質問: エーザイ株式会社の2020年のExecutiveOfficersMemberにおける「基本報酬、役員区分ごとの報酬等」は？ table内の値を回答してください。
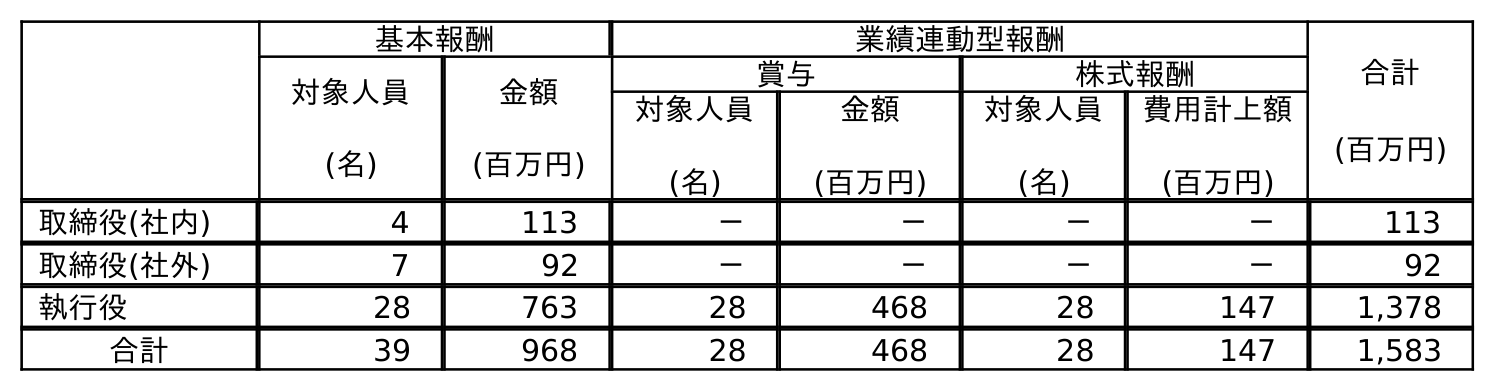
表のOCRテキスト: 基本報酬 業績連動型報酬 合計 (百万円) 対象人員 (名) 金額 (百万円) 賞与 株式報酬 対象人員 (名) 金額 (百万円) 対象人員 (名) 費用計上額 (百万円) 取締役(社内) 4 113 － － － － 113 取締役(社外) 7 92 － － － － 92 執行役 28 763 28 468 28 147 1,378 合計 39 968 28 468 28 147 1,583
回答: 763